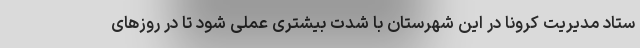
ستاد مدیریت کرونا در این شهرستان با شدت بیشتری عملی شود تا در روزهای